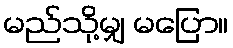
မည်သို့မျှ မပြော။